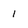
Character: 1